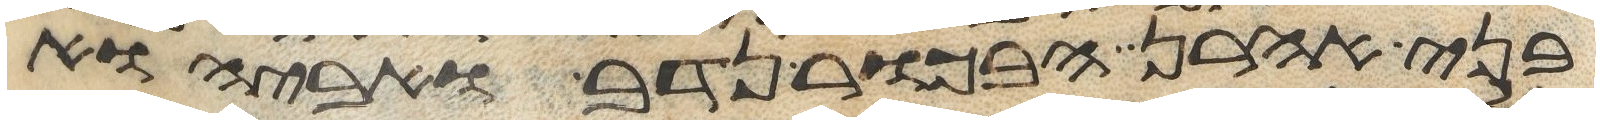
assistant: בני אהרן הבכור נדב ואביהוא